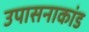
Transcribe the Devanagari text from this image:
उपासनाकांड